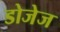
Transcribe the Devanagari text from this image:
डोजेज